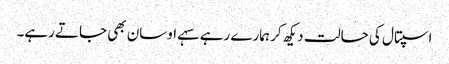
اسپتال کی حالت دیکھ کر ہمارے رہے سہے اوسان بھی جاتے رہے۔